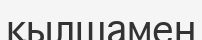
қылшамен